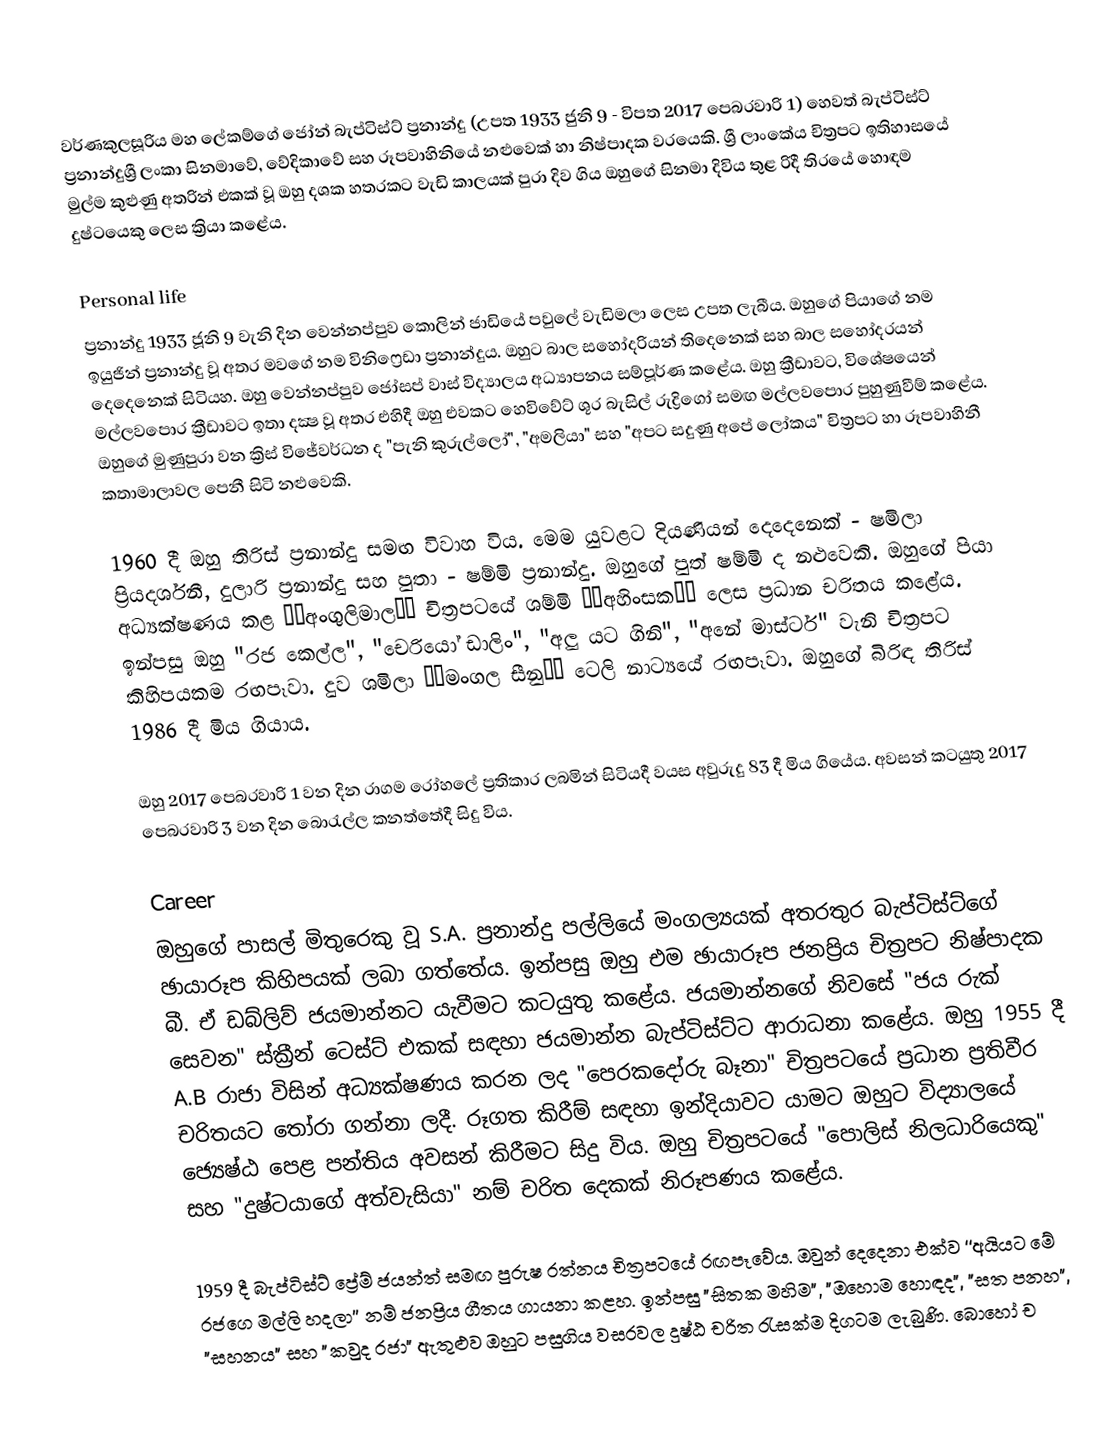
වර්ණකුලසූරිය මහ ලේකම්ගේ ජෝන් බැප්ටිස්ට් ප්‍රනාන්දු (උපත 1933 ජුනි 9 - විපත 2017 පෙබරවාරි 1) හෙවත් බැප්ටිස්ට් ප්‍රනාන්දුශ්‍රී ලංකා සිනමාවේ, වේදිකාවේ සහ රූපවාහිනියේ නළුවෙක් හා නිෂ්පාදක වරයෙකි. ශ්‍රී ලාංකේය චිත්‍රපට ඉතිහාසයේ මුල්ම කුළුණු අතරින් එකක් වූ ඔහු දශක හතරකට වැඩි කාලයක් පුරා දිව ගිය ඔහුගේ සිනමා දිවිය තුළ රිදී තිරයේ හොඳම දුෂ්ටයෙකු ලෙස ක්‍රියා කළේය.

Personal life
ප්‍රනාන්දු 1933 ජූනි 9 වැනි දින වෙන්නප්පුව කොලින් ජාඩියේ පවුලේ වැඩිමලා ලෙස උපත ලැබීය. ඔහුගේ පියාගේ නම ඉයුජින් ප්‍රනාන්දු වූ අතර මවගේ නම විනිෆ්‍රෙඩා ප්‍රනාන්දුය. ඔහුට බාල සහෝදරියන් තිදෙනෙක් සහ බාල සහෝදරයන් දෙදෙනෙක් සිටියහ. ඔහු වෙන්නප්පුව ජෝසප් වාස් විද්‍යාලය අධ්‍යාපනය සම්පූර්ණ කළේය. ඔහු ක්‍රීඩාවට, විශේෂයෙන් මල්ලවපොර ක්‍රීඩාවට ඉතා දක්‍ෂ වූ අතර එහිදී ඔහු එවකට හෙවිවේට් ශූර බැසිල් රුද්‍රිගෝ සමඟ මල්ලවපොර පුහුණුවීම් කළේය. ඔහුගේ මුණුපුරා වන ක්‍රිස් විජේවර්ධන ද "පැනි කුරුල්ලෝ", "අමලියා" සහ "අපට සදුණු අපේ ලෝකය" චිත්‍රපට හා රූපවාහිනී කතාමාලාවල පෙනී සිටි නළුවෙකි.

1960 දී ඔහු තිරිස් ප්‍රනාන්දු සමඟ විවාහ විය. මෙම යුවළට දියණියන් දෙදෙනෙක් - ෂමිලා ප්‍රියදර්ශනී, දුලාරි ප්‍රනාන්දු සහ පුතා - ෂම්මි ප්‍රනාන්දු. ඔහුගේ පුත් ෂම්මි ද නළුවෙකි. ඔහුගේ පියා අධ්‍යක්ෂණය කළ ‘‘අංගුලිමාල’’ චිත‍්‍රපටයේ ශම්මි ‘‘අහිංසක’’ ලෙස ප‍්‍රධාන චරිතය කළේය. ඉන්පසු ඔහු "රජ කෙල්ල", "චෙරියෝ ඩාලිං", "අලු යට ගිනි", "අනේ මාස්ටර්" වැනි චිත්‍රපට කිහිපයකම රඟපෑවා. දුව ශමිලා ‘‘මංගල සීනු’’ ටෙලි නාට්‍යයේ රඟපෑවා. ඔහුගේ බිරිඳ තිරිස් 1986 දී මිය ගියාය.

ඔහු 2017 පෙබරවාරි 1 වන දින රාගම රෝහලේ ප්‍රතිකාර ලබමින් සිටියදී වයස අවුරුදු 83 දී මිය ගියේය. අවසන් කටයුතු 2017 පෙබරවාරි 3 වන දින බොරැල්ල කනත්තේදී සිදු විය.

Career
ඔහුගේ පාසල් මිතුරෙකු වූ S.A. ප්‍රනාන්දු පල්ලියේ මංගල්‍යයක් අතරතුර බැප්ටිස්ට්ගේ ඡායාරූප කිහිපයක් ලබා ගත්තේය. ඉන්පසු ඔහු එම ඡායාරූප ජනප්‍රිය චිත්‍රපට නිෂ්පාදක බී. ඒ ඩබ්ලිව් ජයමාන්නට යැවීමට කටයුතු කළේය. ජයමාන්නගේ නිවසේ "ජය රුක් සෙවන" ස්ක්‍රීන් ටෙස්ට් එකක් සඳහා ජයමාන්න බැප්ටිස්ට්ට ආරාධනා කළේය. ඔහු 1955 දී A.B රාජා විසින් අධ්‍යක්ෂණය කරන ලද "පෙරකදෝරු බෑනා" චිත්‍රපටයේ ප්‍රධාන ප්‍රතිවීර චරිතයට තෝරා ගන්නා ලදී. රූගත කිරීම් සඳහා ඉන්දියාවට යාමට ඔහුට විද්‍යාලයේ ජ්‍යෙෂ්ඨ පෙළ පන්තිය අවසන් කිරීමට සිදු විය. ඔහු චිත්‍රපටයේ "පොලිස් නිලධාරියෙකු" සහ "දුෂ්ටයාගේ අත්වැසියා" නම් චරිත දෙකක් නිරූපණය කළේය.

1959 දී බැප්ටිස්ට් ප්‍රේම් ජයන්ත් සමඟ පුරුෂ රත්නය චිත්‍රපටයේ රඟපෑවේය. ඔවුන් දෙදෙනා එක්ව ‘‘අයියට මේ රජගෙ මල්ලි හදලා’’ නම් ජනප්‍රිය ගීතය ගායනා කළහ. ඉන්පසු "සිතක මහිම", "ඔහොම හොඳද", "සත පනහ", "සහනය" සහ "කවුද රජා" ඇතුළුව ඔහුට පසුගිය වසරවල දුෂ්ඨ චරිත රැසක්ම දිගටම ලැබුණි. බොහෝ ච